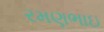
રમણભાઇ